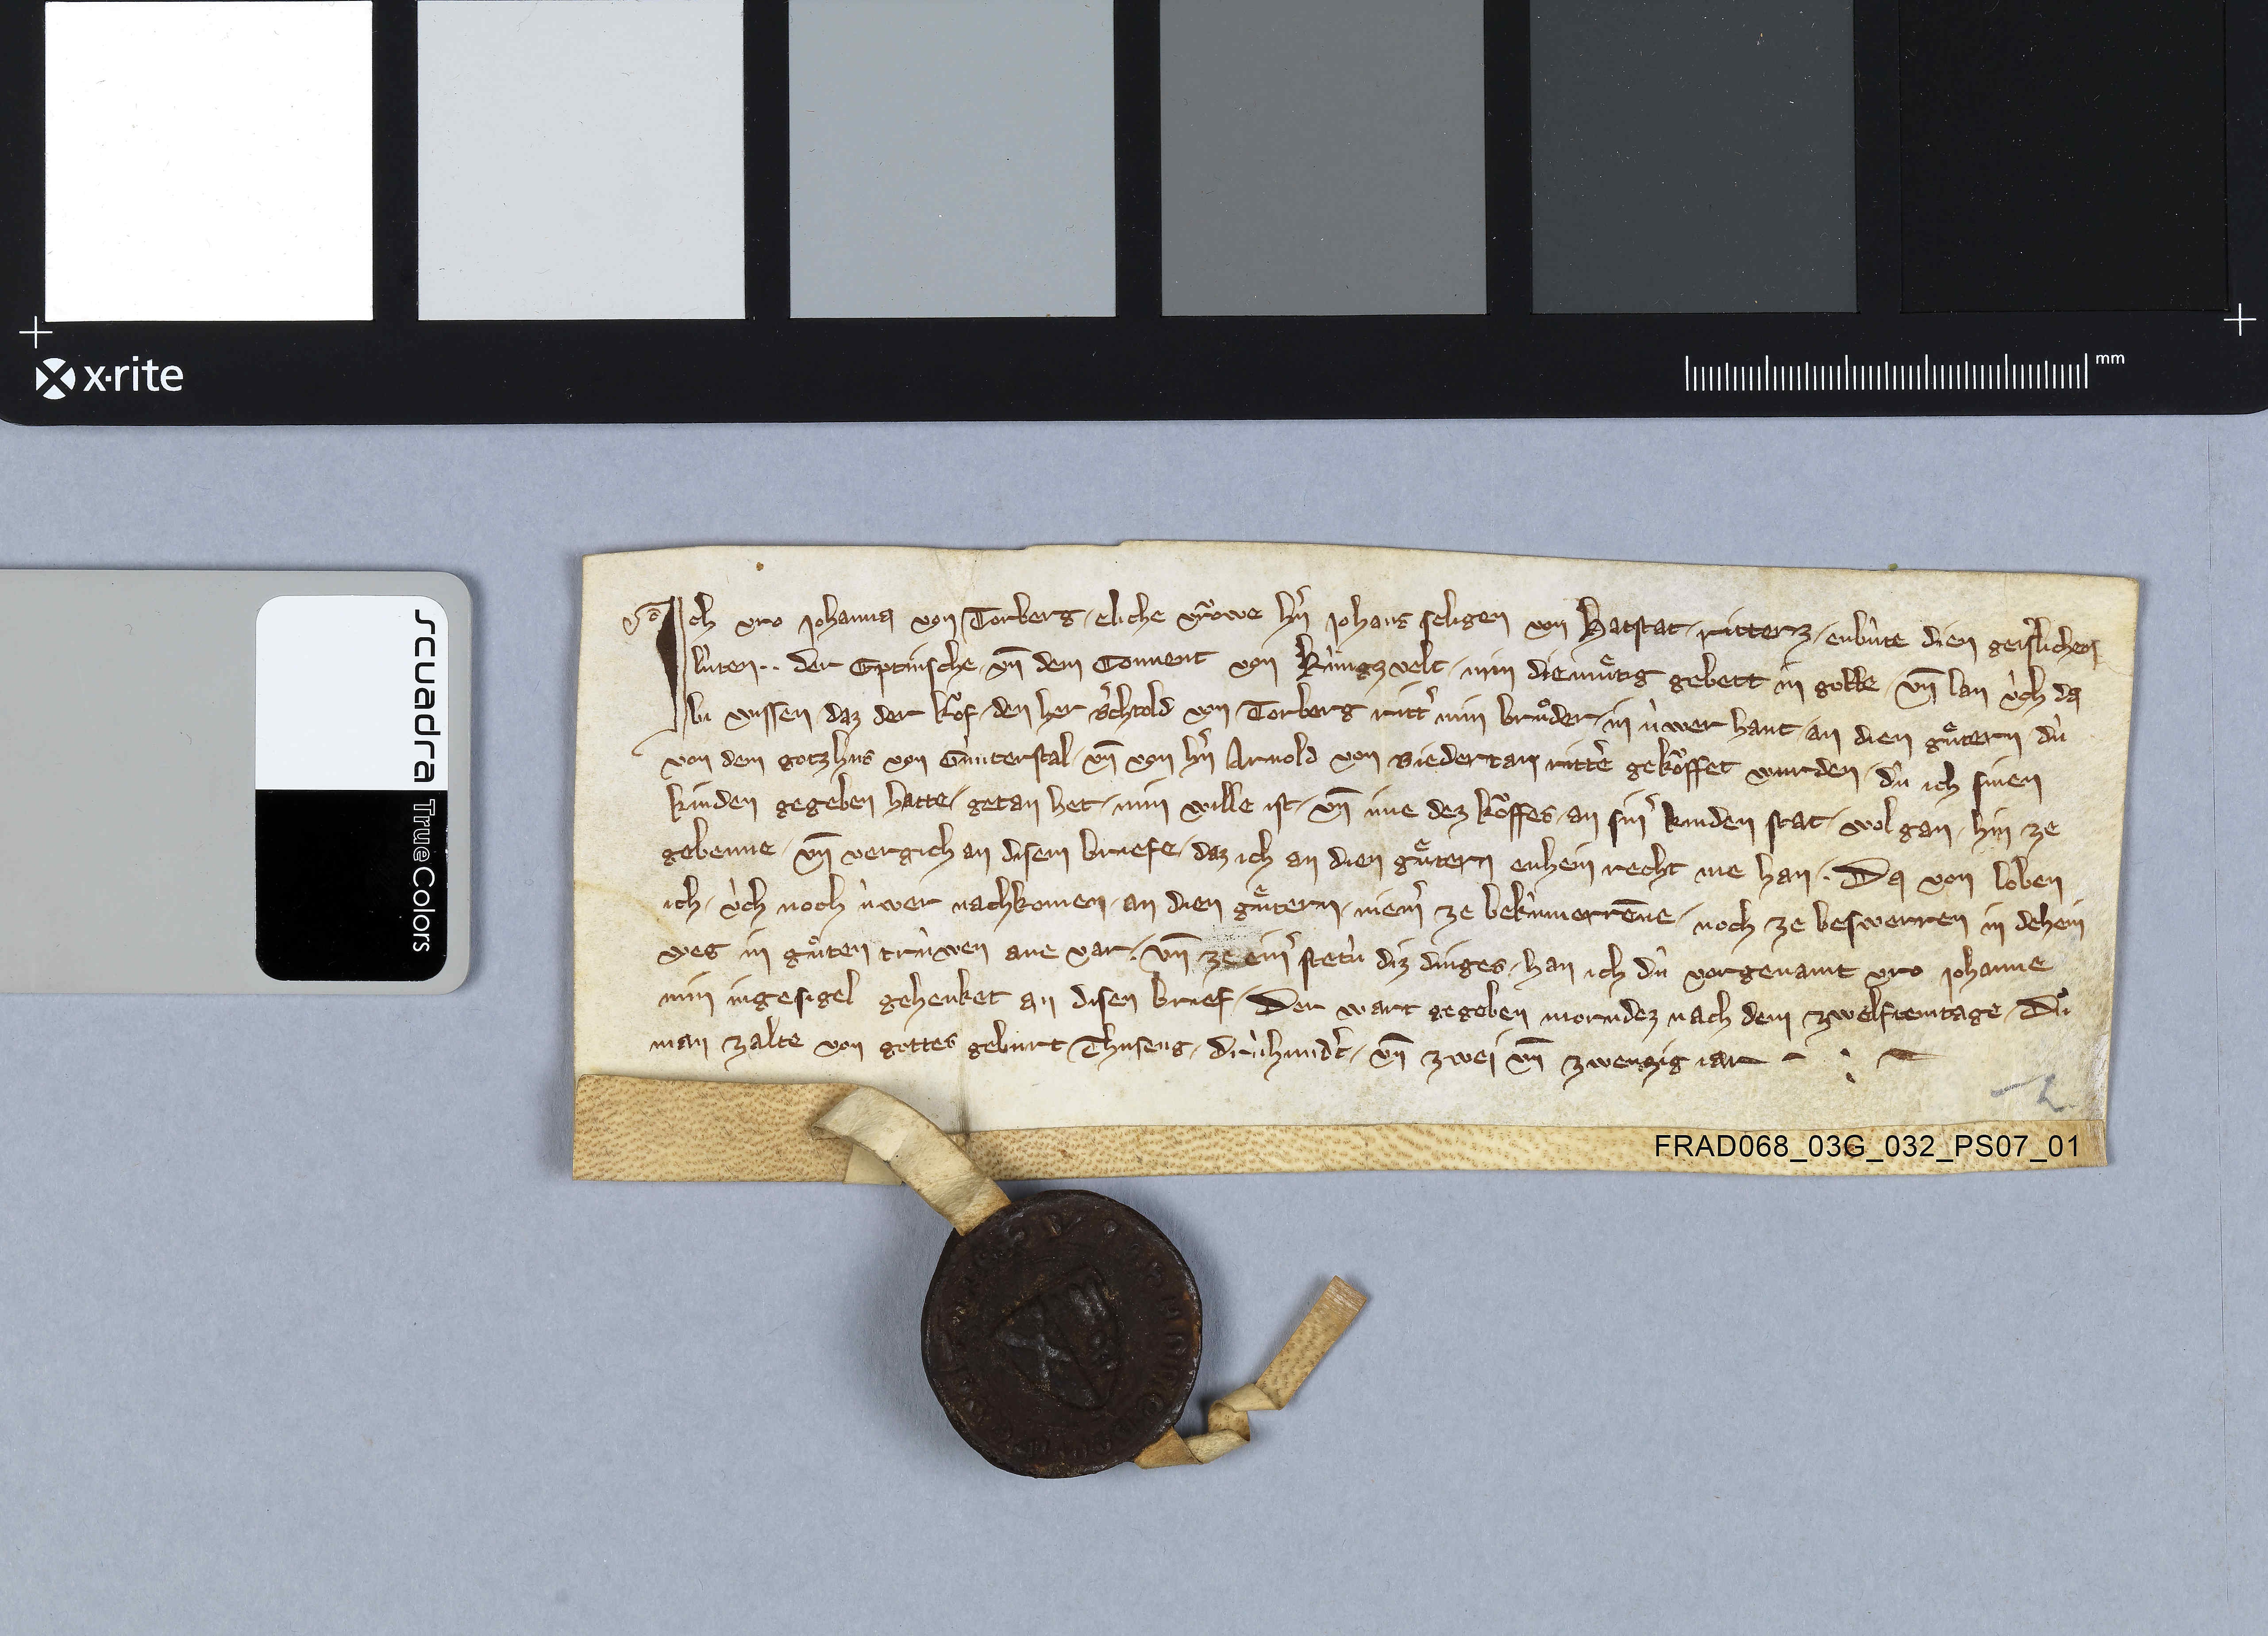
Ich vro Johanna von Torberg ✳ eliche vroͧwe hˀn Johans seligen von Hatstat ✳ ritterz ✳ erbûte dien geislichen
lùten ✳ ✳ der eptinsche ✳ un̄ dem convent von Kùngzvelt ✳ min diemuͤtig gebett in gotte ✳ un̄ lan ùch da
bi wissen ✳ daz der koͧf ✳ den her Bˀchtold von Torberg rittˀ min bruͦder ✳ in ùwer hant ✳ an dien guͤtern ✳ dù
von dem gotzhus von Gùnterstal ✳ un̄ von hˀn Arnold von Biedertan rittˀ gekoͧffet wurden ✳ dû ich sinen
kinden gegeben hatte ✳ getan het ✳ min wille ist ✳ un̄ ime dez koͧffes ✳ an sinˀ kinden stat ✳ wol gan ✳ hin ze
gebenne ✳ un̄ vergich an disem briefe ✳ daz ich an dien guͤtern enhein recht ine han. ✳ da von loben
ich ✳ ùch noch ùwer nachkomen ✳ an dien guͤtern ✳ niemˀ ze bekùmerrēne ✳ noch ze beswerren in dehein
weg in guͦten trùwen ane var ✳ un̄ ze einˀ stetù diz dinges ✳ han ich dû vorgenamt vro Johanne
min ingesigel gehenket an disen brief. ✳ der wart gegeben morndez nach dem zwelftemtage ✳ dû
man zalte von gottes geburt thuseng ✳ drùhundˀt ✳ un̄ zwei un̄ zwenzig jar. ✳
✳ L